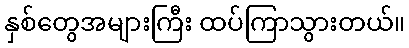
နှစ်တွေအများကြီး ထပ်ကြာသွားတယ်။